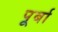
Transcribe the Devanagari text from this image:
पूर्बा